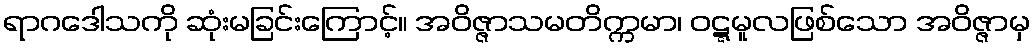
ရာဂဒေါသကို ဆုံးမခြင်းကြောင့်။ အဝိဇ္ဇာသမတိက္ကမာ၊ ဝဋ္ဋမူလဖြစ်သော အဝိဇ္ဇာမှ